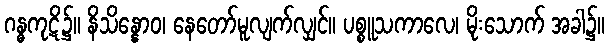
ဂန္ဓကုဋိ၌။ နိသိန္နောဝ၊ နေတော်မူလျက်လျှင်။ ပစ္စူသကာလေ၊ မိုးသောက် အခါ၌။